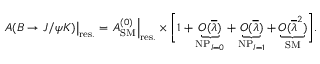
\left. A ( B \to J / \psi K ) \right| _ { \mathrm { r e s . } } = \left. A _ { \mathrm { S M } } ^ { ( 0 ) } \right| _ { \mathrm { r e s . } } \times \biggl [ 1 + \underbrace { { \cal O } ( \overline { { { \lambda } } } ) } _ { \mathrm { N P } _ { I = 0 } } + \underbrace { { \cal O } ( \overline { { { \lambda } } } ) } _ { \mathrm { N P } _ { I = 1 } } + \underbrace { { \cal O } ( \overline { { { \lambda } } } ^ { 2 } ) } _ { \mathrm { S M } } \biggr ] .